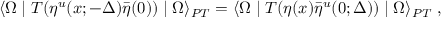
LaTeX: \langle \Omega \mid T ( \eta ^ { u } ( x ; - \Delta ) { \bar { \eta } ( 0 ) } ) \mid \Omega \rangle _ { P T } = \langle \Omega \mid T ( \eta ( x ) { \bar { \eta } } ^ { u } ( 0 ; \Delta ) ) \mid \Omega \rangle _ { P T } \; ,